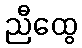
ညီထွေ